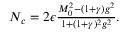
\begin{array} { r } { N _ { c } = 2 \epsilon \frac { M _ { 0 } ^ { 2 } - ( 1 + \gamma ) g ^ { 2 } } { 1 + ( 1 + \gamma ) ^ { 2 } g ^ { 2 } } . } \end{array}